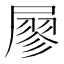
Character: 𡳇